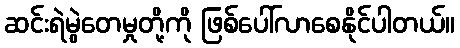
ဆင်းရဲမွဲတေမှုတို့ကို ဖြစ်ပေါ်လာစေနိုင်ပါတယ်။